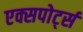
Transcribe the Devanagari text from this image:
एक्सपोर्ट्स